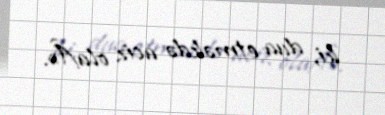
ki, dua etməkdə aciz olaÂ».